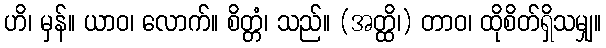
ဟိ၊ မှန်။ ယာဝ၊ လောက်။ စိတ္တံ၊ သည်။ (အတ္ထိ၊) တာဝ၊ ထိုစိတ်ရှိသမျှ။